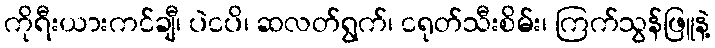
ကိုရီးယားကင်ချီ၊ ပဲငပိ၊ ဆလတ်ရွက်၊ ငရုတ်သီးစိမ်း၊ ကြက်သွန်ဖြူနဲ့